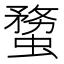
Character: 𧎻